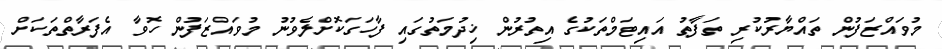
މުވައްޒަފުން ތައްޔާރުކުރި ތަފާތު އައިޓަމްތަކުގެ އިތުރުން ޚިދުމަތުގައި ފާހަގަކޮށްލެވުނު މުވައްޒަފުން ހޮވާ އެފަރާތްތަކަށް